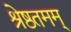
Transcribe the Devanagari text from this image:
श्रेष्ठतमम्